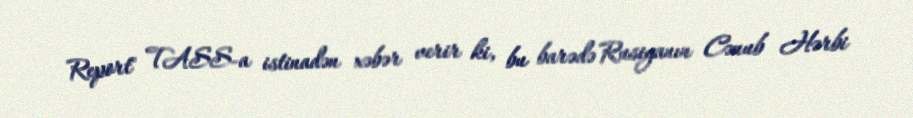
Report" TASS-a istinadən xəbər verir ki, bu barədə Rusiyanın Cənub Hərbi